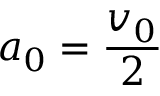
a _ { 0 } = { \frac { v _ { 0 } } { 2 } }